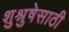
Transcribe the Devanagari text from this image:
शुश्रुषेसाठी